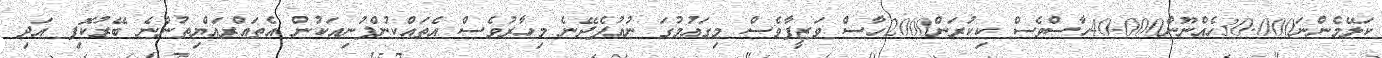
ކަލޭމެންނަ30.000ހެއްނޫން40.000ހާސްވެސް ކިކުރަން2000ހާސް ވަޒީފާވެސް މިގައުމުގަ ނުއުފެދޭނެ މިހާރުވެސް އެތައްކުންފުނިއަކުން އެތައްރައްޔިތުންނެ ބޭރުކޮފި އަދި